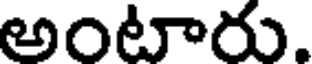
అంటారు.